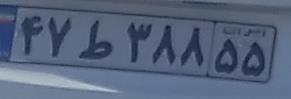
۴۷ط۳۸۸۵۵